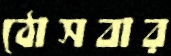
ঠোসবার